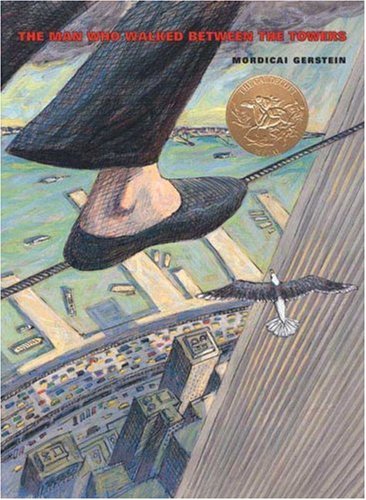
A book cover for The Man Who Walked Between the Towers; Mordicai Gerstein; Children's Books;